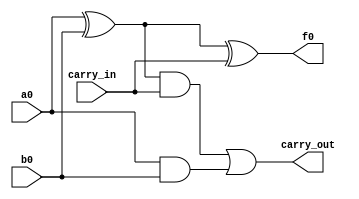
module full_adder(input a0, b0, carry_in, output f0, carry_out);
	wire c, d, e;
	
	//sum
	xor(c, a0, b0);
	xor(f0, c , carry_in);
	
	//carry out
	and(d, c, carry_in);
	and(e, a0, b0);
	or(carry_out, d, e);
	
endmodule